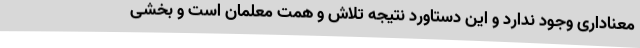
معناداری وجود ندارد و این دستاورد نتیجه تلاش و همت معلمان است و بخشی